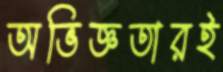
অভিজ্ঞতারই